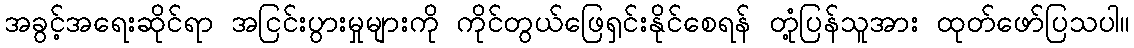
အခွင့်အရေးဆိုင်ရာ အငြင်းပွားမှုများကို ကိုင်တွယ်ဖြေရှင်းနိုင်စေရန် တုံ့ပြန်သူအား ထုတ်ဖော်ပြသပါ။